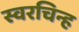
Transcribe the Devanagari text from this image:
स्वरचिन्ह